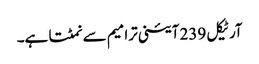
آرٹیکل 239 آئینی ترامیم سے نمٹتا ہے۔